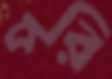
পরি